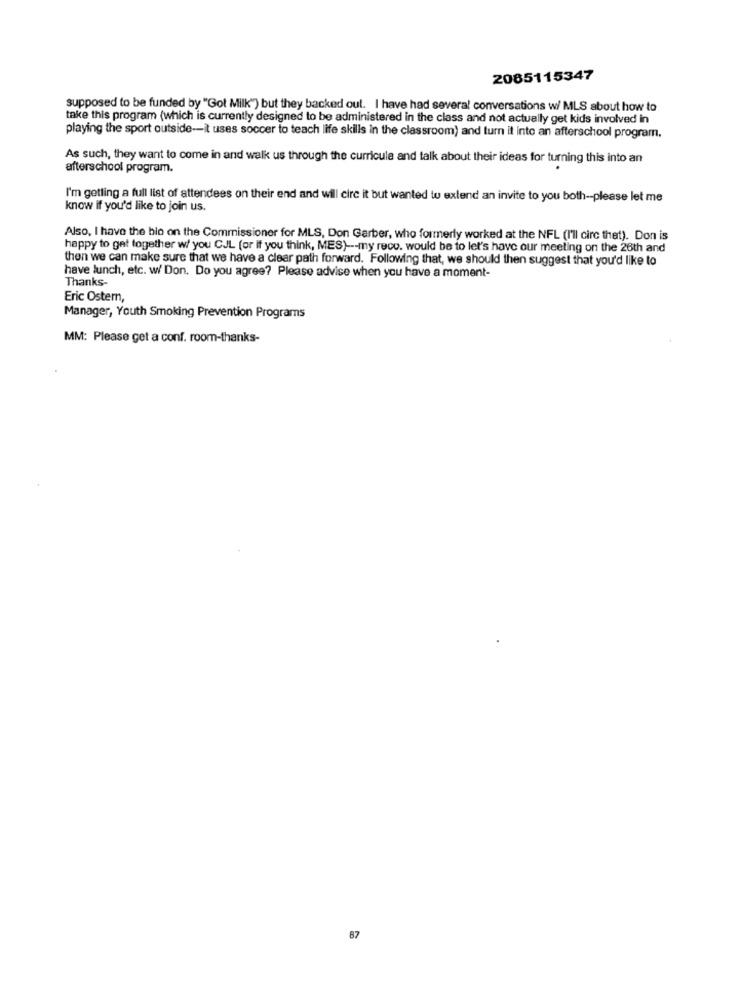
2085115347
supposed to be funded by "Got Milk") but they backed oul. I have had several conversations w/ MLS about how to
take this program (which is currently designed to be administered in the class and not actually get kids involved in
playing the sport outside -- it uses soccer to teach life skills in the classroom) and turn it into an afterschool program.
As such, they want to come in and walk us through the curricula and talk about their ideas for turning this into an
afterschool program.
I'm getting a full list of attendees on their end and will circ it but wanted to extend an invite to you both -- please let me
know if you'd like to join us.
Also, I have the bio on the Commissioner for MLS, Don Garber, who formerly worked at the NFL (I'll circ thet). Don is
happy to get together w/ you CJL (or If you think, MES) --- my reco. would be to let's have our meeting on the 26th and
then we can make sure that we have a clear path forward. Following that, we should then suggest that you'd like to
have lunch, etc. w/ Don. Do you agree? Please advise when you have a moment-
Thanks-
Eric Ostern,
Manager, Youth Smoking Prevention Programs
MM: Please get a conf. room-thanks-
87